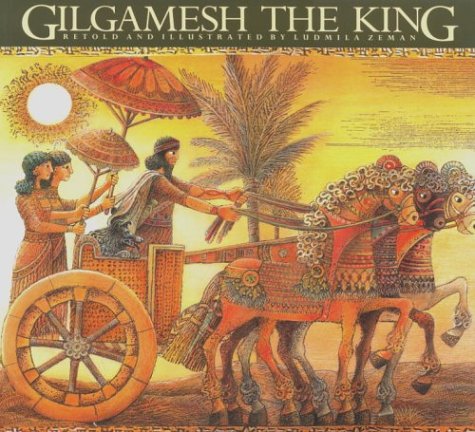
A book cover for Gilgamesh the King (The Gilgamesh Trilogy); Ludmila Zeman; Biographies & Memoirs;